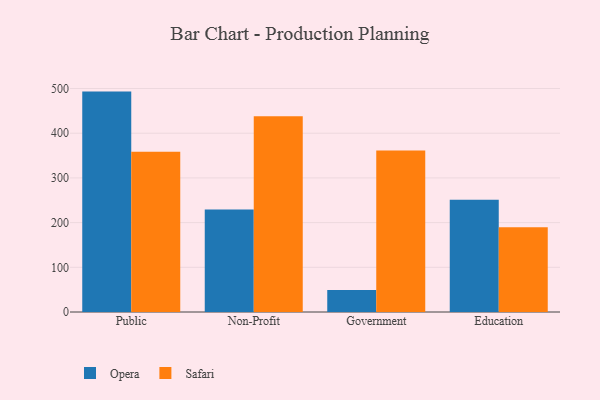
{"axis": {"x": "Segment", "y": "Conversion Rate (%)"}, "legend": ["Opera", "Safari"], "data": [{"x": "Public", "y": 493.1, "type": "Opera"}, {"x": "Public", "y": 358.7, "type": "Safari"}, {"x": "Non-Profit", "y": 229.3, "type": "Opera"}, {"x": "Non-Profit", "y": 437.9, "type": "Safari"}, {"x": "Government", "y": 49.0, "type": "Opera"}, {"x": "Government", "y": 361.6, "type": "Safari"}, {"x": "Education", "y": 251.4, "type": "Opera"}, {"x": "Education", "y": 189.8, "type": "Safari"}]}